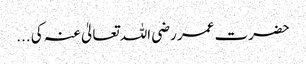
حضرت عمر رضی اللہ تعالیٰ عنہ کی ...